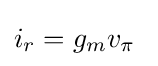
i_{r}=g_{m}v_{\pi }\